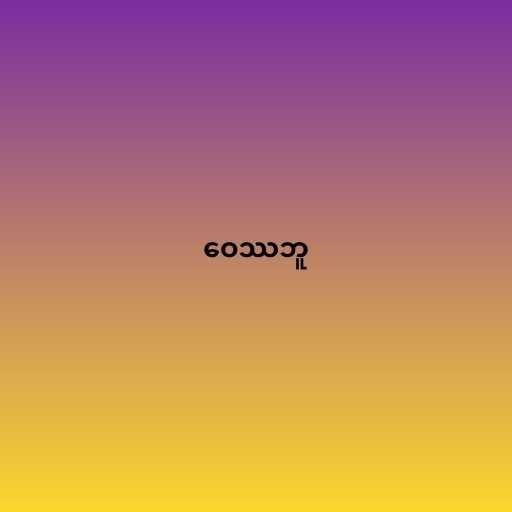
ဝေဿဘူ